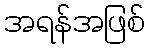
အရန်အဖြစ်